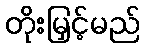
တိုးမြှင့်မည်